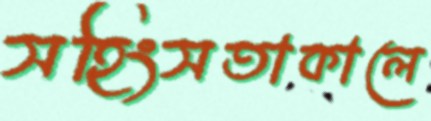
সহিংসতাকালে